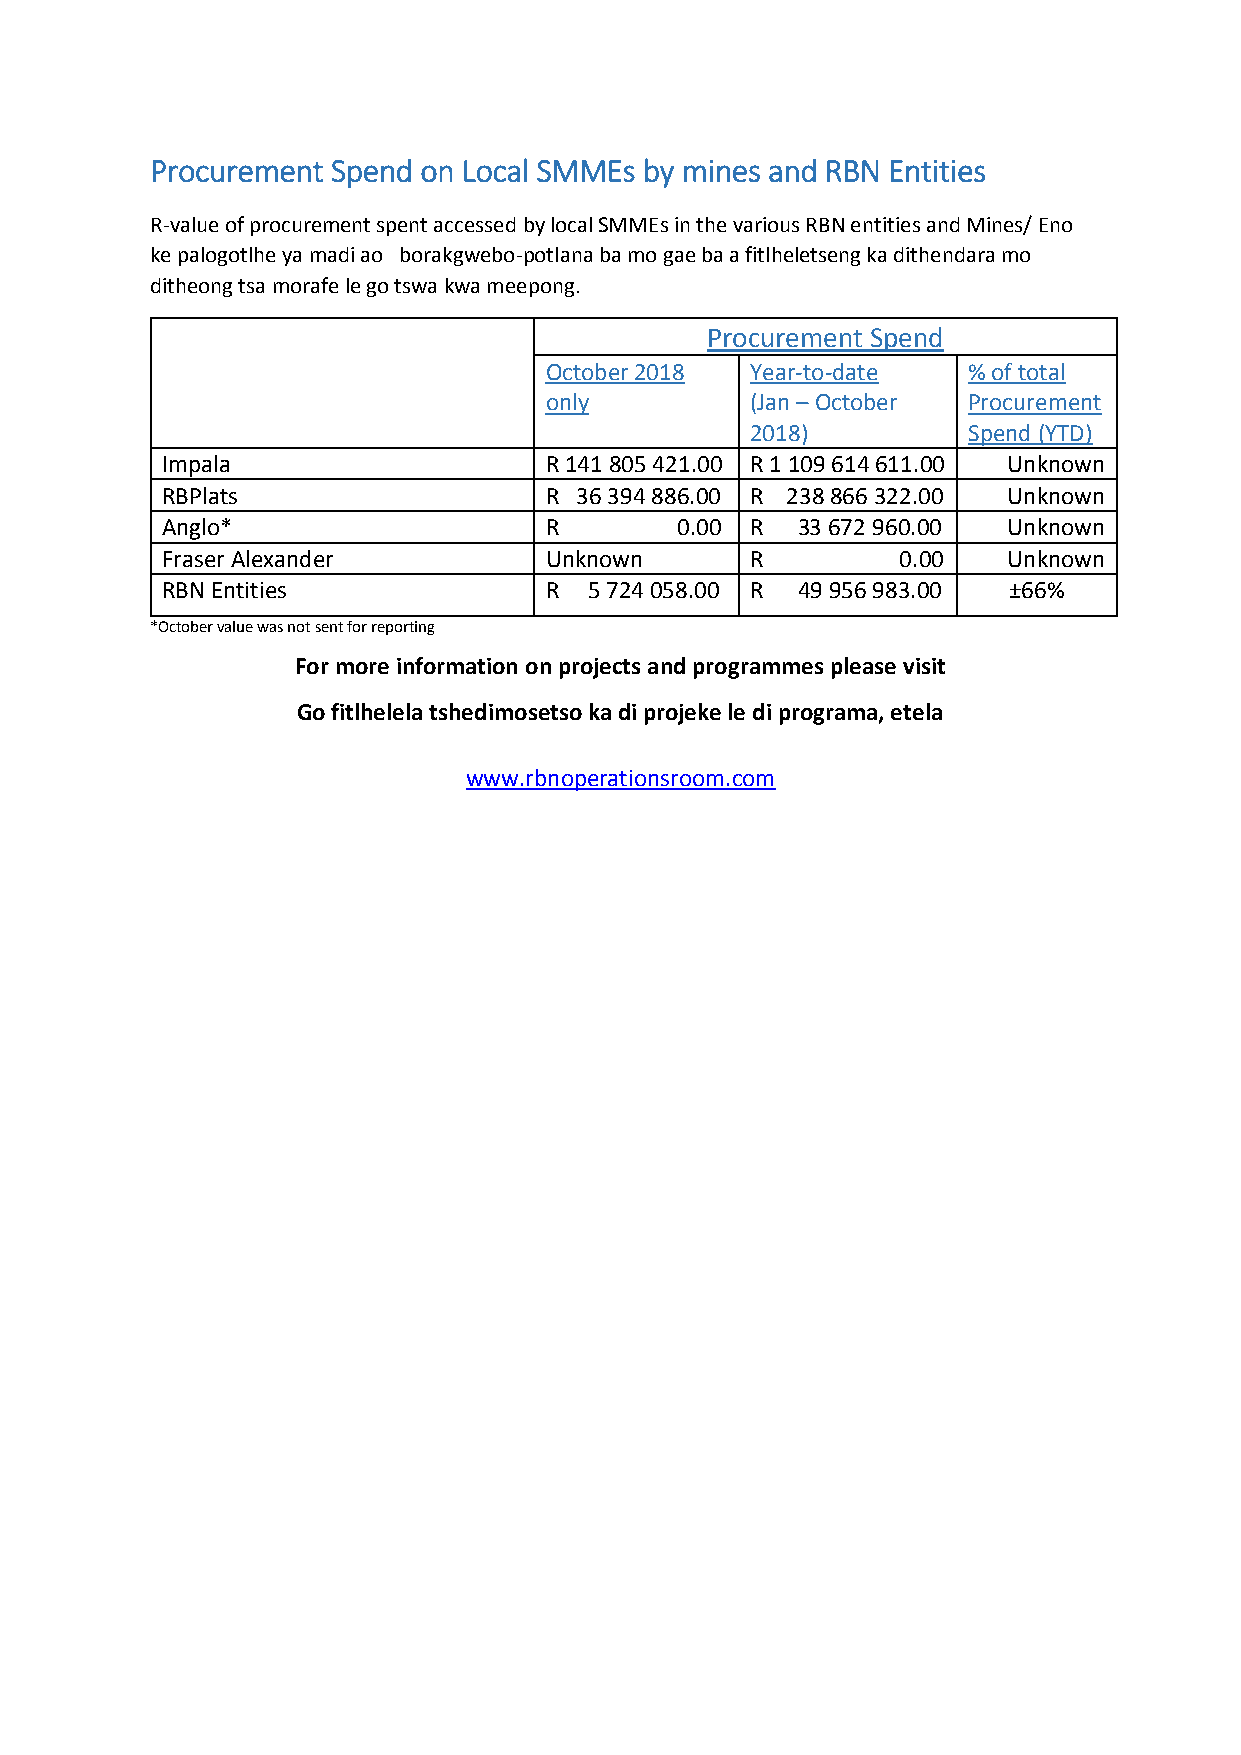
Procurement Spend on Local SMMEs by mines and RBN Entities
 R-value of procurement spent accessed by local SMMEs in the various RBN entities and Mines/ Eno
 ke palogotlhe ya madi ao borakgwebo-potlana ba mo gae ba a fitlheletseng ka dithendara mo
 ditheong tsa morafe le go tswa kwa meepong.
 Procurement Spend
 October 2018  Year-to-date  % of total
 only          (Jan – October Procurement
 2018)         Spend (YTD)
 Impala                   R 141 805 421.00 R 1 109 614 611.00 Unknown
 RBPlats                  R 36 394 886.00 R 238 866 322.00 Unknown
 Anglo*                   R        0.00 R  33 672 960.00 Unknown
 Fraser Alexander         Unknown       R         0.00   Unknown
 RBN Entities             R  5 724 058.00 R 49 956 983.00 ±66%
 *October value was not sent for reporting
 For more information on projects and programmes please visit
 Go fitlhelela tshedimosetso ka di projeke le di programa, etela
 www.rbnoperationsroom.com